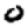
Digit: 0